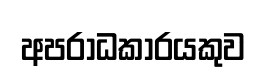
අපරාධකාරයකුව